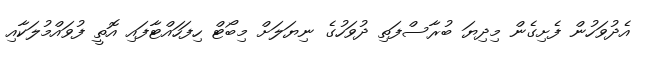
އެދުވަހުން ފެށިގެން މިދިޔަ ބުރާސްފަތި ދުވަހުގެ ނިޔަލަށް މިބޯޓް ހިފަހައްޓާފައި އޮތީ ފުވައްމުލަކާއި